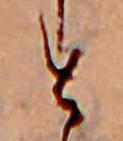
す